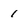
Character: 1